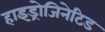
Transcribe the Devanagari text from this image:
हाइड्रोजिनेटिड